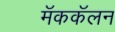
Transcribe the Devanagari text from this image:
मॅककॅलन